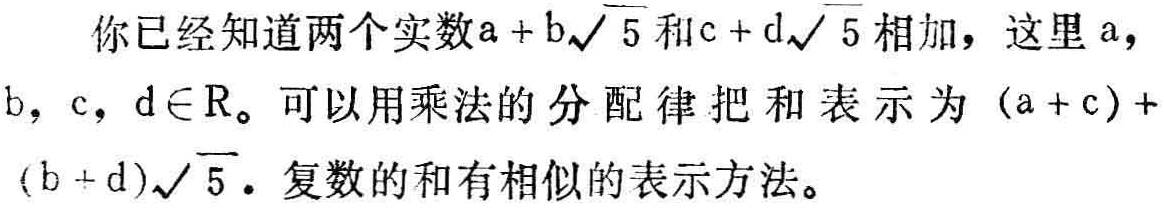
你已经知道两个实数\(a + b\sqrt{5}\)和\(c + d\sqrt{5}\)相加，这里\(a\)，\(b\)，\(c\)，\(d\in \mathrm{R}\)。可以用乘法的分配律把和表示为\((a + c)+(b + d)\sqrt{5}\)。复数的和有相似的表示方法。